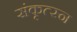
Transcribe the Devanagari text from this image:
संकृत्स्न